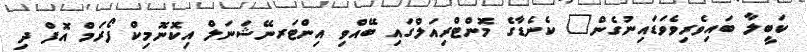
ކަބީލާ ބައިވެރިވެވަޑައިނުގެން" ކެނެޑާގެ މޮންޓްރިއަލްގައި ބޭއްވި އިންޓަރނޭޝަނަލް އިކޮނޮމިކް ފޯރަމް އޮފް ދި